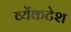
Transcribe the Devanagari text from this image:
व्येंकटेश